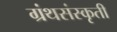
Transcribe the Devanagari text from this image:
ग्रंथसंस्कृती